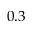
0 . 3